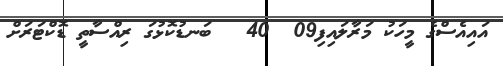
އައިއެސްގެ މީހަކު މަރާލައިފި09  40   ބަނޑުކޮޅުގަ ރިއްސާތީ ޑޮކްޓަރަށް